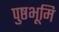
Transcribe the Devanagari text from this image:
पुष्ठभूमि